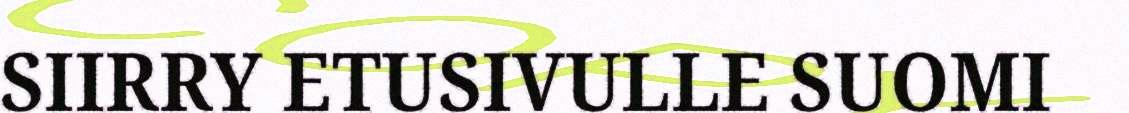
SIIRRY ETUSIVULLE SUOMI